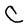
Character: C